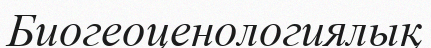
Биогеоценологиялық